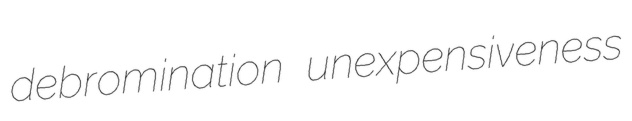
debromination unexpensiveness